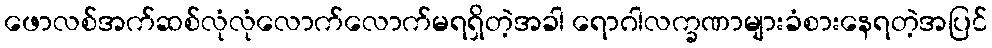
ဖောလစ်အက်ဆစ်လုံလုံလောက်လောက်မရရှိတဲ့အခါ ရောဂါလက္ခဏာများခံစားနေရတဲ့အပြင်